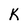
Character: K